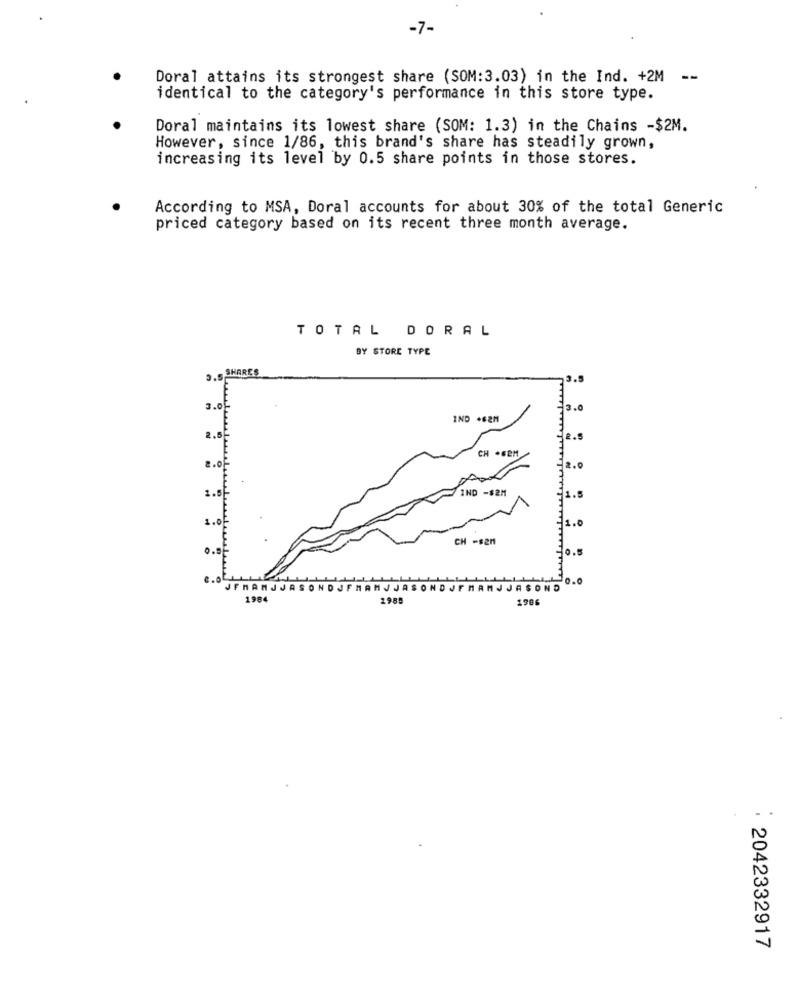
-7-
Doral attains its strongest share (SOM:3.03) in the Ind. +2M --
identical to the category's performance in this store type.
Doral maintains its lowest share (SOM: 1.3) in the Chains -$2M.
However, since 1/86, this brand's share has steadily grown,
increasing its level by 0.5 share points in those stores.
According to MSA, Doral accounts for about 30% of the total Generic
priced category based on its recent three month average.
TOTAL DORAL
BY STORE TYPE
3.5 SHARES
IND .62M
CH .SEM
IND -$2M
CH -sen
10.0
JFMAMJJASONDJFMAMJJASONDJF
IJ JASOND
1984
1989
1906
: 2042332917